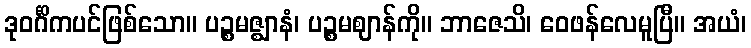
ဒုဝင်္ဂိကပင်ဖြစ်သော။ ပဉ္စမဇ္ဈာနံ၊ ပဉ္စမဈာန်ကို။ ဘာဇေသိ၊ ဝေဖန်လေမူပြီ။ အယံ၊